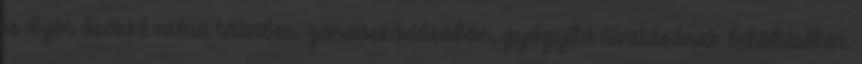
is ilyen ősökké válna tetteiben, gondoskodásában, gyógyító hivatásának betöltésében.